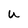
Character: u